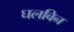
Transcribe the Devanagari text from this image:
घलविन